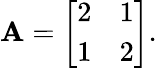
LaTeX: \mathbf{A}={\left[\begin{array}{ll}{2}&{1}\\ {1}&{2}\end{array}\right]}.